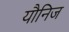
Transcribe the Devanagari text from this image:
यौनिज